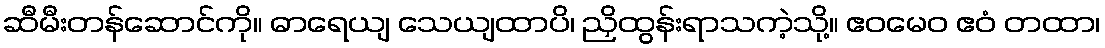
ဆီမီးတန်ဆောင်ကို။ ဓာရေယျ သေယျထာပိ၊ ညှိထွန်းရာသကဲ့သို့။ ဧဝမေဝ ဧဝံ တထာ၊